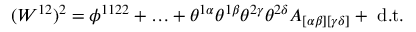
( W ^ { 1 2 } ) ^ { 2 } = \phi ^ { 1 1 2 2 } + \ldots + \theta ^ { 1 \alpha } \theta ^ { 1 \beta } \theta ^ { 2 \gamma } \theta ^ { 2 \delta } A _ { [ \alpha \beta ] [ \gamma \delta ] } + \mathrm { \small ~ d . t . }